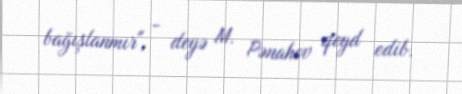
bağışlanmır", - deyə M. Pənahov qeyd edib.